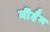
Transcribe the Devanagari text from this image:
नीढ़ैम